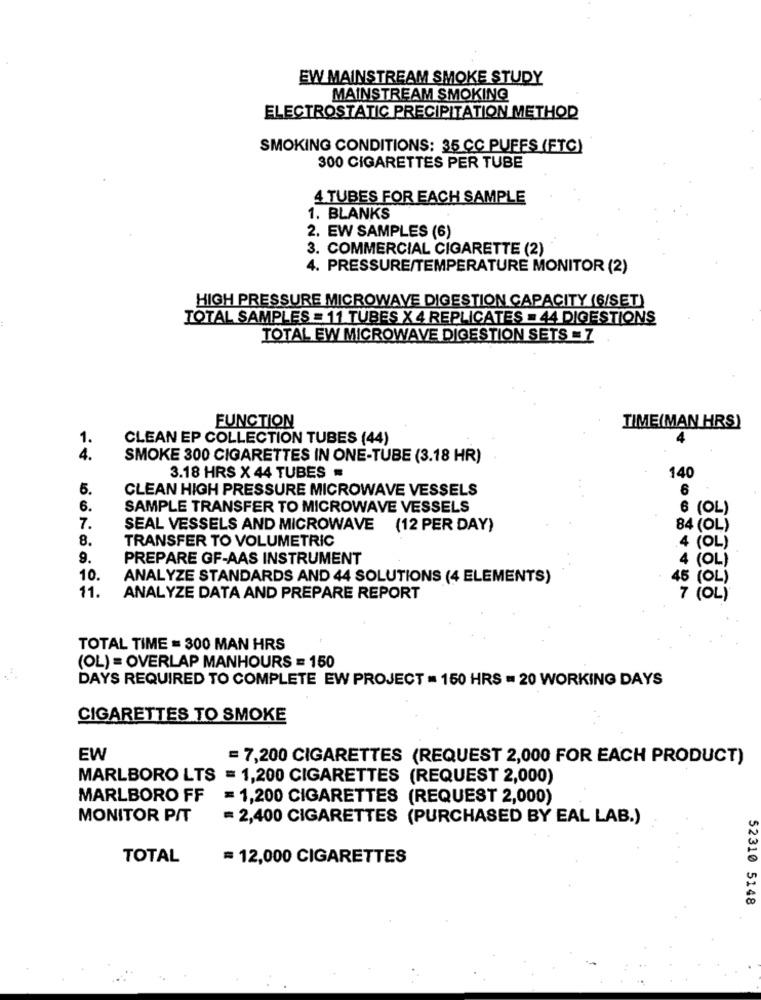
EW MAINSTREAM SMOKE STUDY
MAINSTREAM SMOKING
ELECTROSTATIC PRECIPITATION METHOD
SMOKING CONDITIONS: 35 CC PUFFS (FTC)
300 CIGARETTES PER TUBE
4 TUBES FOR EACH SAMPLE
1. BLANKS
2. EW SAMPLES (6)
3. COMMERCIAL CIGARETTE (2)
4. PRESSURE/TEMPERATURE MONITOR (2)
HIGH PRESSURE MICROWAVE DIGESTION CAPACITY (6/SET)
TOTAL SAMPLES = 11 TUBES X 4 REPLICATES = 44 DIGESTIONS
TOTAL EW MICROWAVE DIGESTION SETS = 7
FUNCTION
TIME(MAN HRS)
1.
CLEAN EP COLLECTION TUBES (44)
4
4.
SMOKE 300 CIGARETTES IN ONE-TUBE (3.18 HR)
3.18 HRS X 44 TUBES
140
5.
CLEAN HIGH PRESSURE MICROWAVE VESSELS
6
6.
SAMPLE TRANSFER TO MICROWAVE VESSELS
6 (OL)
7.
SEAL VESSELS AND MICROWAVE (12 PER DAY)
84 (OL)
8.
TRANSFER TO VOLUMETRIC
(OL)
9.
PREPARE GF-AAS INSTRUMENT
(OL
10.
ANALYZE STANDARDS AND 44 SOLUTIONS (4 ELEMENTS)
45 ( OL )
11.
ANALYZE DATA AND PREPARE REPORT
7 ( OL )
TOTAL TIME = 300 MAN HRS
(OL) = OVERLAP MANHOURS = 150
DAYS REQUIRED TO COMPLETE EW PROJECT = 150 HRS = 20 WORKING DAYS
CIGARETTES TO SMOKE
EW
= 7,200 CIGARETTES (REQUEST 2,000 FOR EACH PRODUCT)
MARLBORO LTS = 1,200 CIGARETTES (REQUEST 2,000)
MARLBORO FF
=1,200 CIGARETTES (REQUEST 2,000)
MONITOR PIT
= 2,400 CIGARETTES (PURCHASED BY EAL LAB.)
TOTAL
= 12,000 CIGARETTES
52310 5148